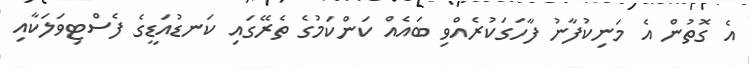
އެ ގޮތުން އެ މަނިކުފާނު ފާހަގަކުރެއްވި ބައެއް ކަންކަމުގެ ތެރޭގައި ކަނޑުއަޑީގެ ފެސްޓިވަލަކާއި